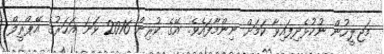
މަޖިލީހުން ނުކުޅެދިފައިވާ ކަމަށް ނިންމާފައެވެ. އޭގެ ކުރިން 2016 ވަނަ އަހަރުގެ އޭޕްރީލް